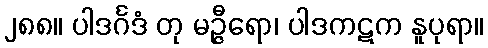
၂၈၈။ ပါဒင်္ဂဒံ တု မဉ္ဇီရော၊ ပါဒကဋက နူပုရာ။